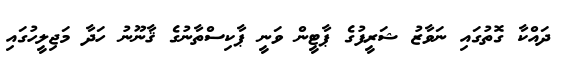
ދައްކާ ގޮތުގައި ނަވާޒު ޝަރީފުގެ ޕާޓީން ވަނީ ޕާކިސްތާނުގެ ޤާނޫނު ހަދާ މަޖިލީހުގައި